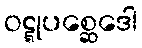
ဝဋ္ဋုပစ္ဆေဒေါ